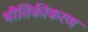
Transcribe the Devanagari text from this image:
भौतिकीकरण